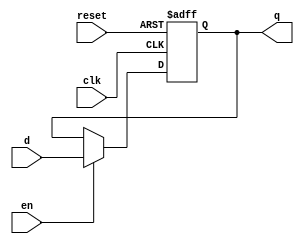
module dff_en
(
input wire clk,reset,
input wire en,
input wire d,
output reg q
);

//body
always @(posedge clk, posedge reset)
	if(reset)
		q <=1'b0;
	else if (en)
		q <=d;
endmodule